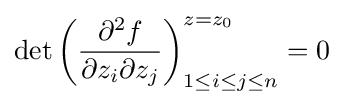
\det \left({\frac {\partial ^{2}f}{\partial z_{i}\partial z_{j}}}\right)_{1\leq i\leq j\leq n}^{z=z_{0}}=0